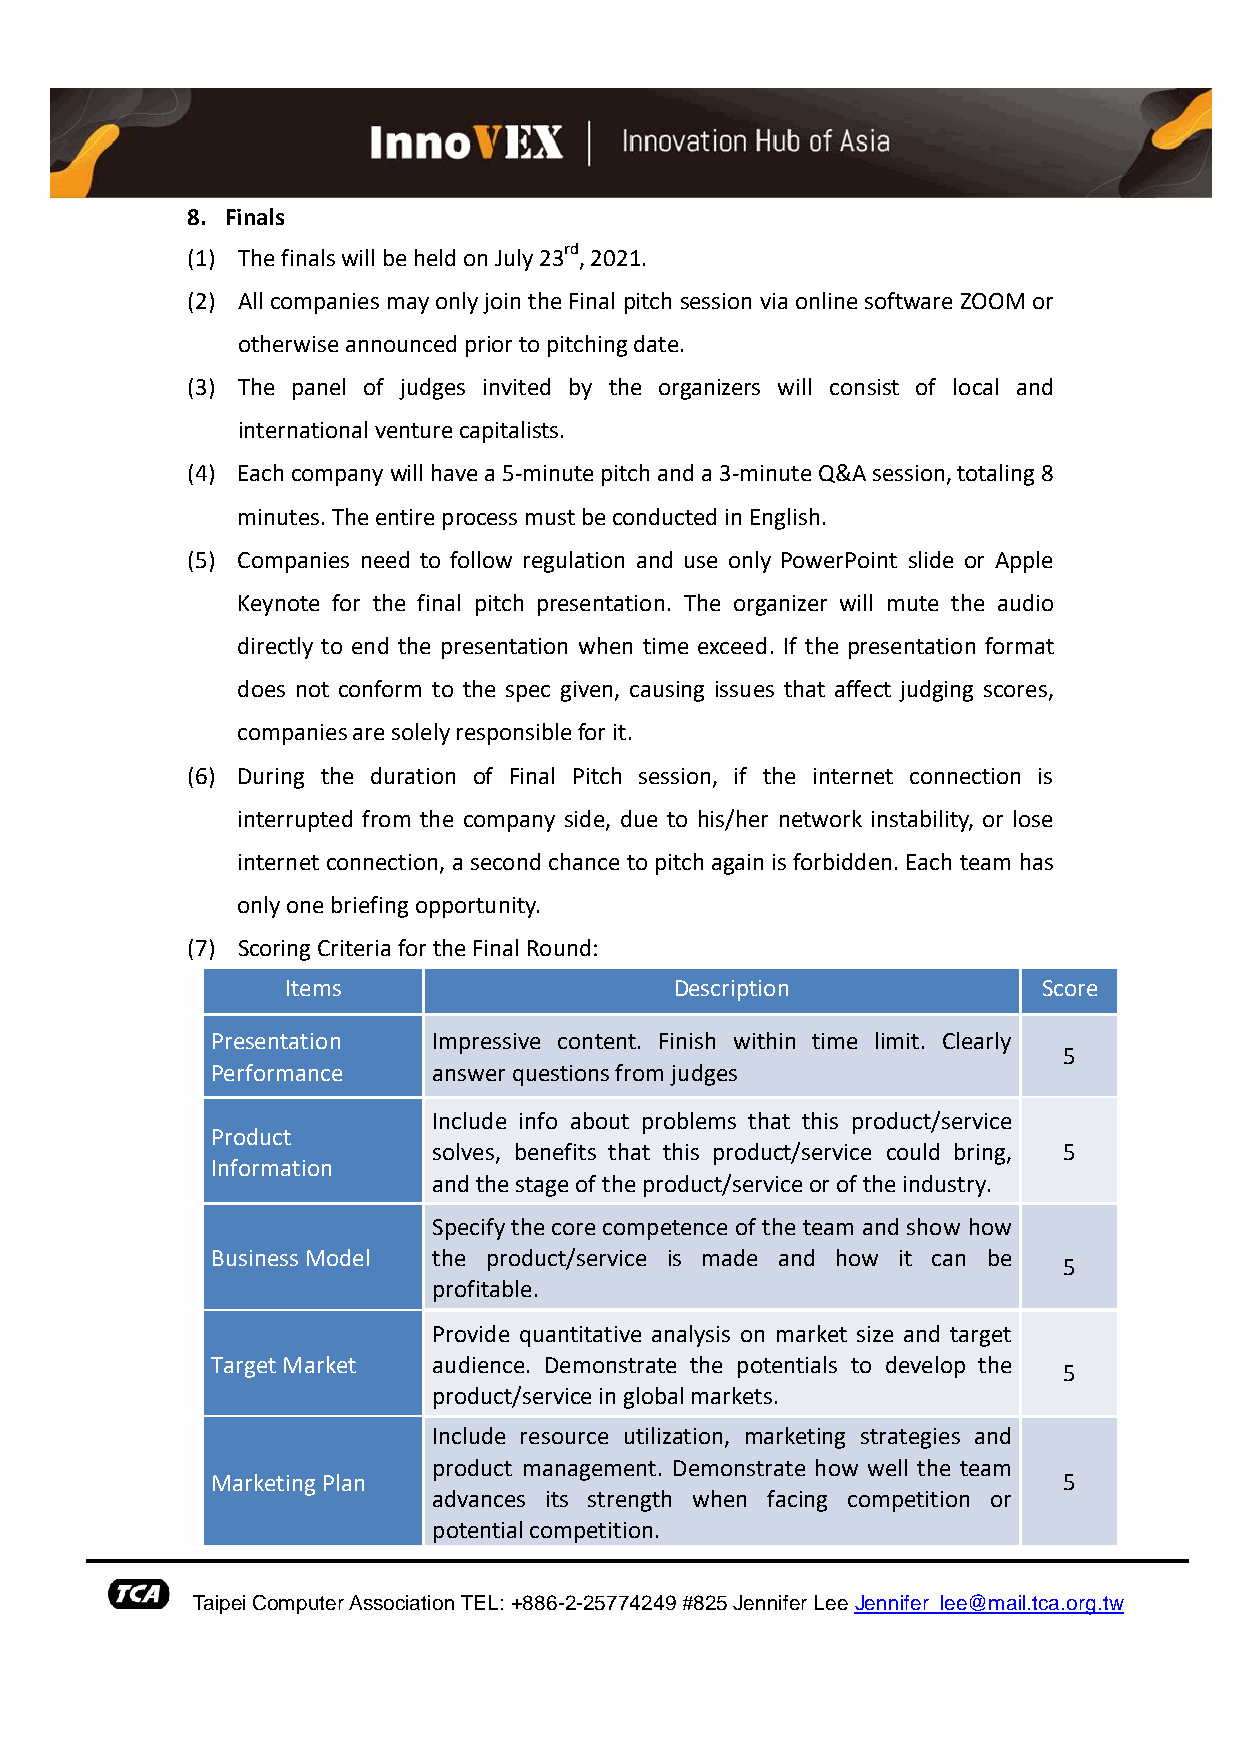
8. Finals
 (1) The finals will be held on July 23rd, 2021.
 (2) All companies may only join the Final pitch session via online software ZOOM or
 otherwise announced prior to pitching date.
 (3) The panel of judges invited by the organizers will consist of local and
 international venture capitalists.
 (4) Each company will have a 5-minute pitch and a 3-minute Q&A session, totaling 8
 minutes. The entire process must be conducted in English.
 (5) Companies need to follow regulation and use only PowerPoint slide or Apple
 Keynote for the final pitch presentation. The organizer will mute the audio
 directly to end the presentation when time exceed. If the presentation format
 does not conform to the spec given, causing issues that affect judging scores,
 companies are solely responsible for it.
 (6) During the duration of Final Pitch session, if the internet connection is
 interrupted from the company side, due to his/her network instability, or lose
 internet connection, a second chance to pitch again is forbidden. Each team has
 only one briefing opportunity.
 (7) Scoring Criteria for the Final Round:
 Items                     Description             Score
 Presentation   Impressive content. Finish within time limit. Clearly
 5
 Performance    answer questions from judges
 Include info about problems that this product/service
 Product
 solves, benefits that this product/service could bring, 5
 Information
 and the stage of the product/service or of the industry.
 Specify the core competence of the team and show how
 Business Model the product/service is made and how it can be
 5
 profitable.
 Provide quantitative analysis on market size and target
 Target Market  audience. Demonstrate the potentials to develop the
 5
 product/service in global markets.
 Include resource utilization, marketing strategies and
 product management. Demonstrate how well the team
 Marketing Plan                                          5
 advances its strength when facing competition or
 potential competition.
 Taipei Computer Association TEL: +886-2-25774249 #825 Jennifer Lee Jennifer_lee@mail.tca.org.tw